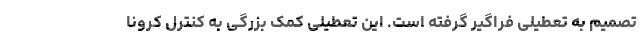
تصمیم به تعطیلی فراگیر گرفته است. این تعطیلی کمک بزرگی به کنترل کرونا